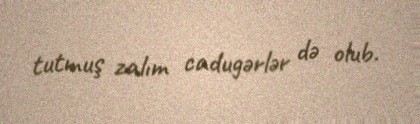
tutmuş zalım cadugərlər də olub.